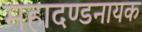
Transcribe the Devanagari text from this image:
महादण्डनायक